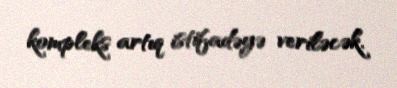
kompleks artıq istifadəyə veriləcək.